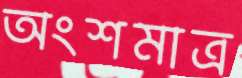
অংশমাত্র